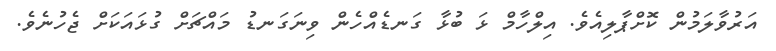
އަރުވާލަމުން ކޮށްޕާލިއެވެ. އިލްހާމް ޅަ ބުޅާ ގަނޑެއްހެން ވިނަގަނޑު މައްޗަށް ގުޅައަކަށް ޖެހުނެވެ.